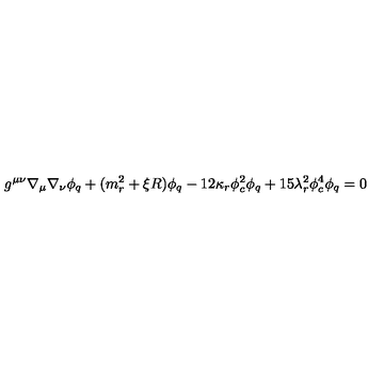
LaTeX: g ^ { \mu \nu } \nabla _ { \mu } \nabla _ { \nu } \phi _ { q } + ( m _ { r } ^ { 2 } + \xi R ) \phi _ { q } - 1 2 \kappa _ { r } \phi _ { c } ^ { 2 } \phi _ { q } + 1 5 \lambda _ { r } ^ { 2 } \phi _ { c } ^ { 4 } \phi _ { q } = 0